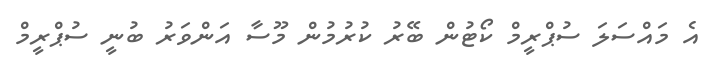
އެ މައްސަލަ ސުޕްރީމް ކޯޓުން ބޭރު ކުރުމުން މޫސާ އަންވަރު ބުނީ ސުޕްރީމް